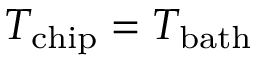
T _ { \mathrm { c h i p } } = T _ { \mathrm { b a t h } }